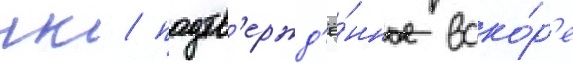
гк / подтв'ержд'ё́нное вско́р'е